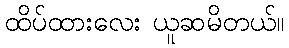
ထိပ်ထားလေး ယူဆမိတယ်။